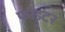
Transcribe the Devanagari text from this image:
फाडटर